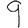
Digit: 9